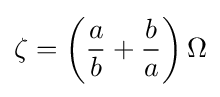
\zeta =\left({\frac {a}{b}}+{\frac {b}{a}}\right)\Omega